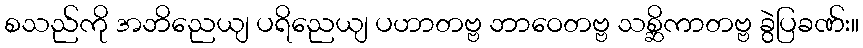
စသည်ကို အဘိညေယျ ပရိညေယျ ပဟာတဗ္ဗ ဘာဝေတဗ္ဗ သစ္ဆိကာတဗ္ဗ ခွဲပြခဏ်း။